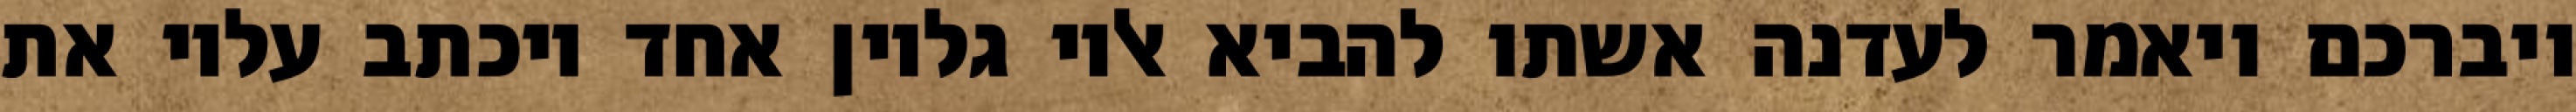
ויברכם ויאמר לעדנה אשתו להביא אליו גליון אחד ויכתב עליו את